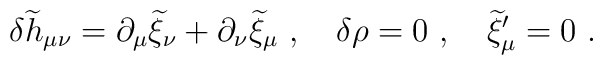
\delta {\widetilde h}_{\mu\nu}=\partial_\mu{\widetilde \xi}_\nu + \partial_\nu {\widetilde \xi}_\mu~,~~~\delta\rho=0~,~~~ {\widetilde\xi}^\prime_\mu=0~.